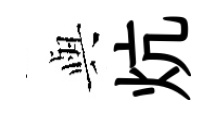
𫤰炕